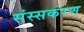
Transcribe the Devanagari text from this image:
संस्सकरण